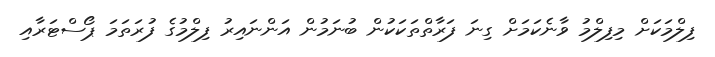
ފިލްމަކަށް މިފިލްމު ވާނެކަމަށް ގިނަ ފަރާތްތަކަކުން ބުނަމުން އަންނައިރު ފިލްމުގެ ފުރަތަމަ ޕޯސްޓަރާއި